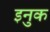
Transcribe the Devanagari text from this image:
इनुक